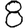
Digit: 8